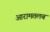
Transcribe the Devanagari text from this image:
आरामतलब